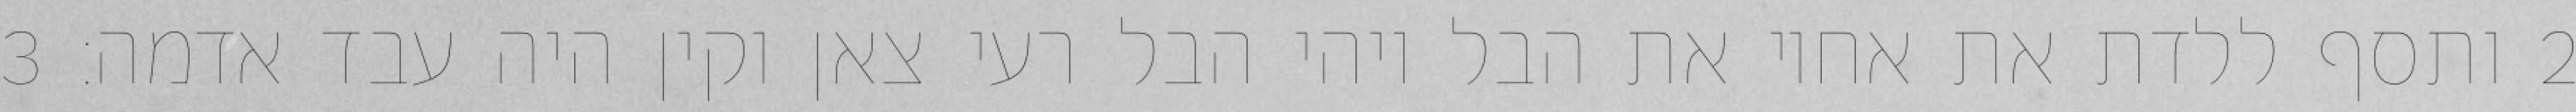
‎2‏ ותסף ללדת את אחיו את הבל ויהי הבל רעי צאן וקין היה עבד אדמה׃ ‎3‏